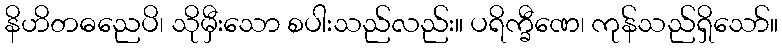
နိဟိတဓညေပိ၊ သိုမှီးသော စပါးသည်လည်း။ ပရိက္ခီဏေ၊ ကုန်သည်ရှိသော်။